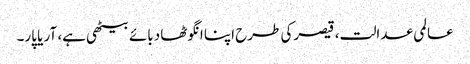
عالمی عدالت، قیصرکی طرح اپنا انگوٹھا دبائے بیٹھی ہے، آر یا پار۔